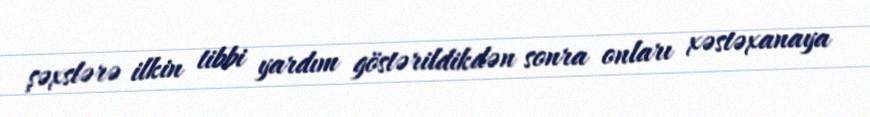
şəxslərə ilkin tibbi yardım göstərildikdən sonra onları xəstəxanaya